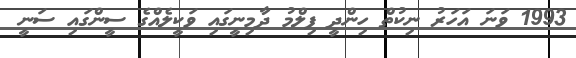
1993 ވަނަ އަހަރު ނިކުތް ހިންދީ ފިލްމު ދާމިނީގައި ވަކީލެއްގެ ސީންގައި ސަނީ